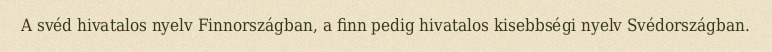
A svéd hivatalos nyelv Finnországban, a finn pedig hivatalos kisebbségi nyelv Svédországban.